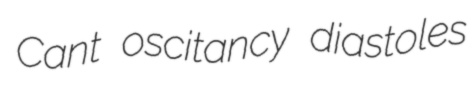
Cant oscitancy diastoles